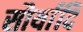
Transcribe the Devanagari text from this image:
सौर्यादि